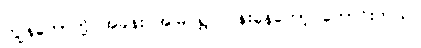
ကျွန်တော်တို့ အခန်း အမြဲ ရွှင်လန်းနေတော့ ကောင်းတယ်။